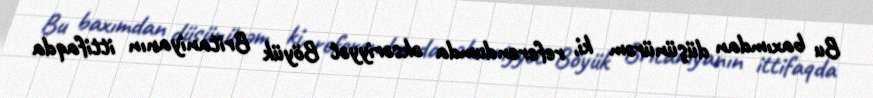
Bu baxımdan düşünürəm ki, referendumda əksəriyyət Böyük Britaniyanın ittifaqda